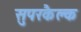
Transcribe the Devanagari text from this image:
सुपरकैल्क